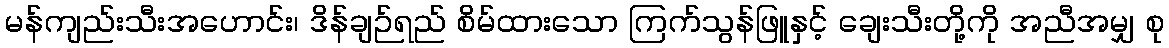
မန်ကျည်းသီးအဟောင်း၊ ဒိန်ချဉ်ရည် စိမ်ထားသော ကြက်သွန်ဖြူနှင့် ချေးသီးတို့ကို အညီအမျှ စု